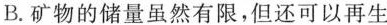
B.矿物的储量虽然有限，但还可以再生